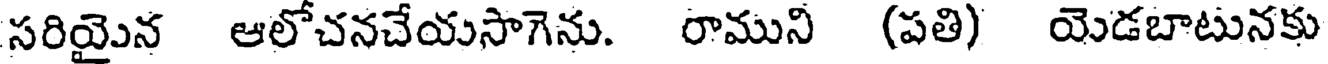
సరియైన ఆలోచనచేయసాగెను. రాముని (పతి) యెడబాటునకు